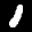
Label: 1